65_HS1-834228961_62-HQ-83894_Section_7
Agency: FBI
Page 141
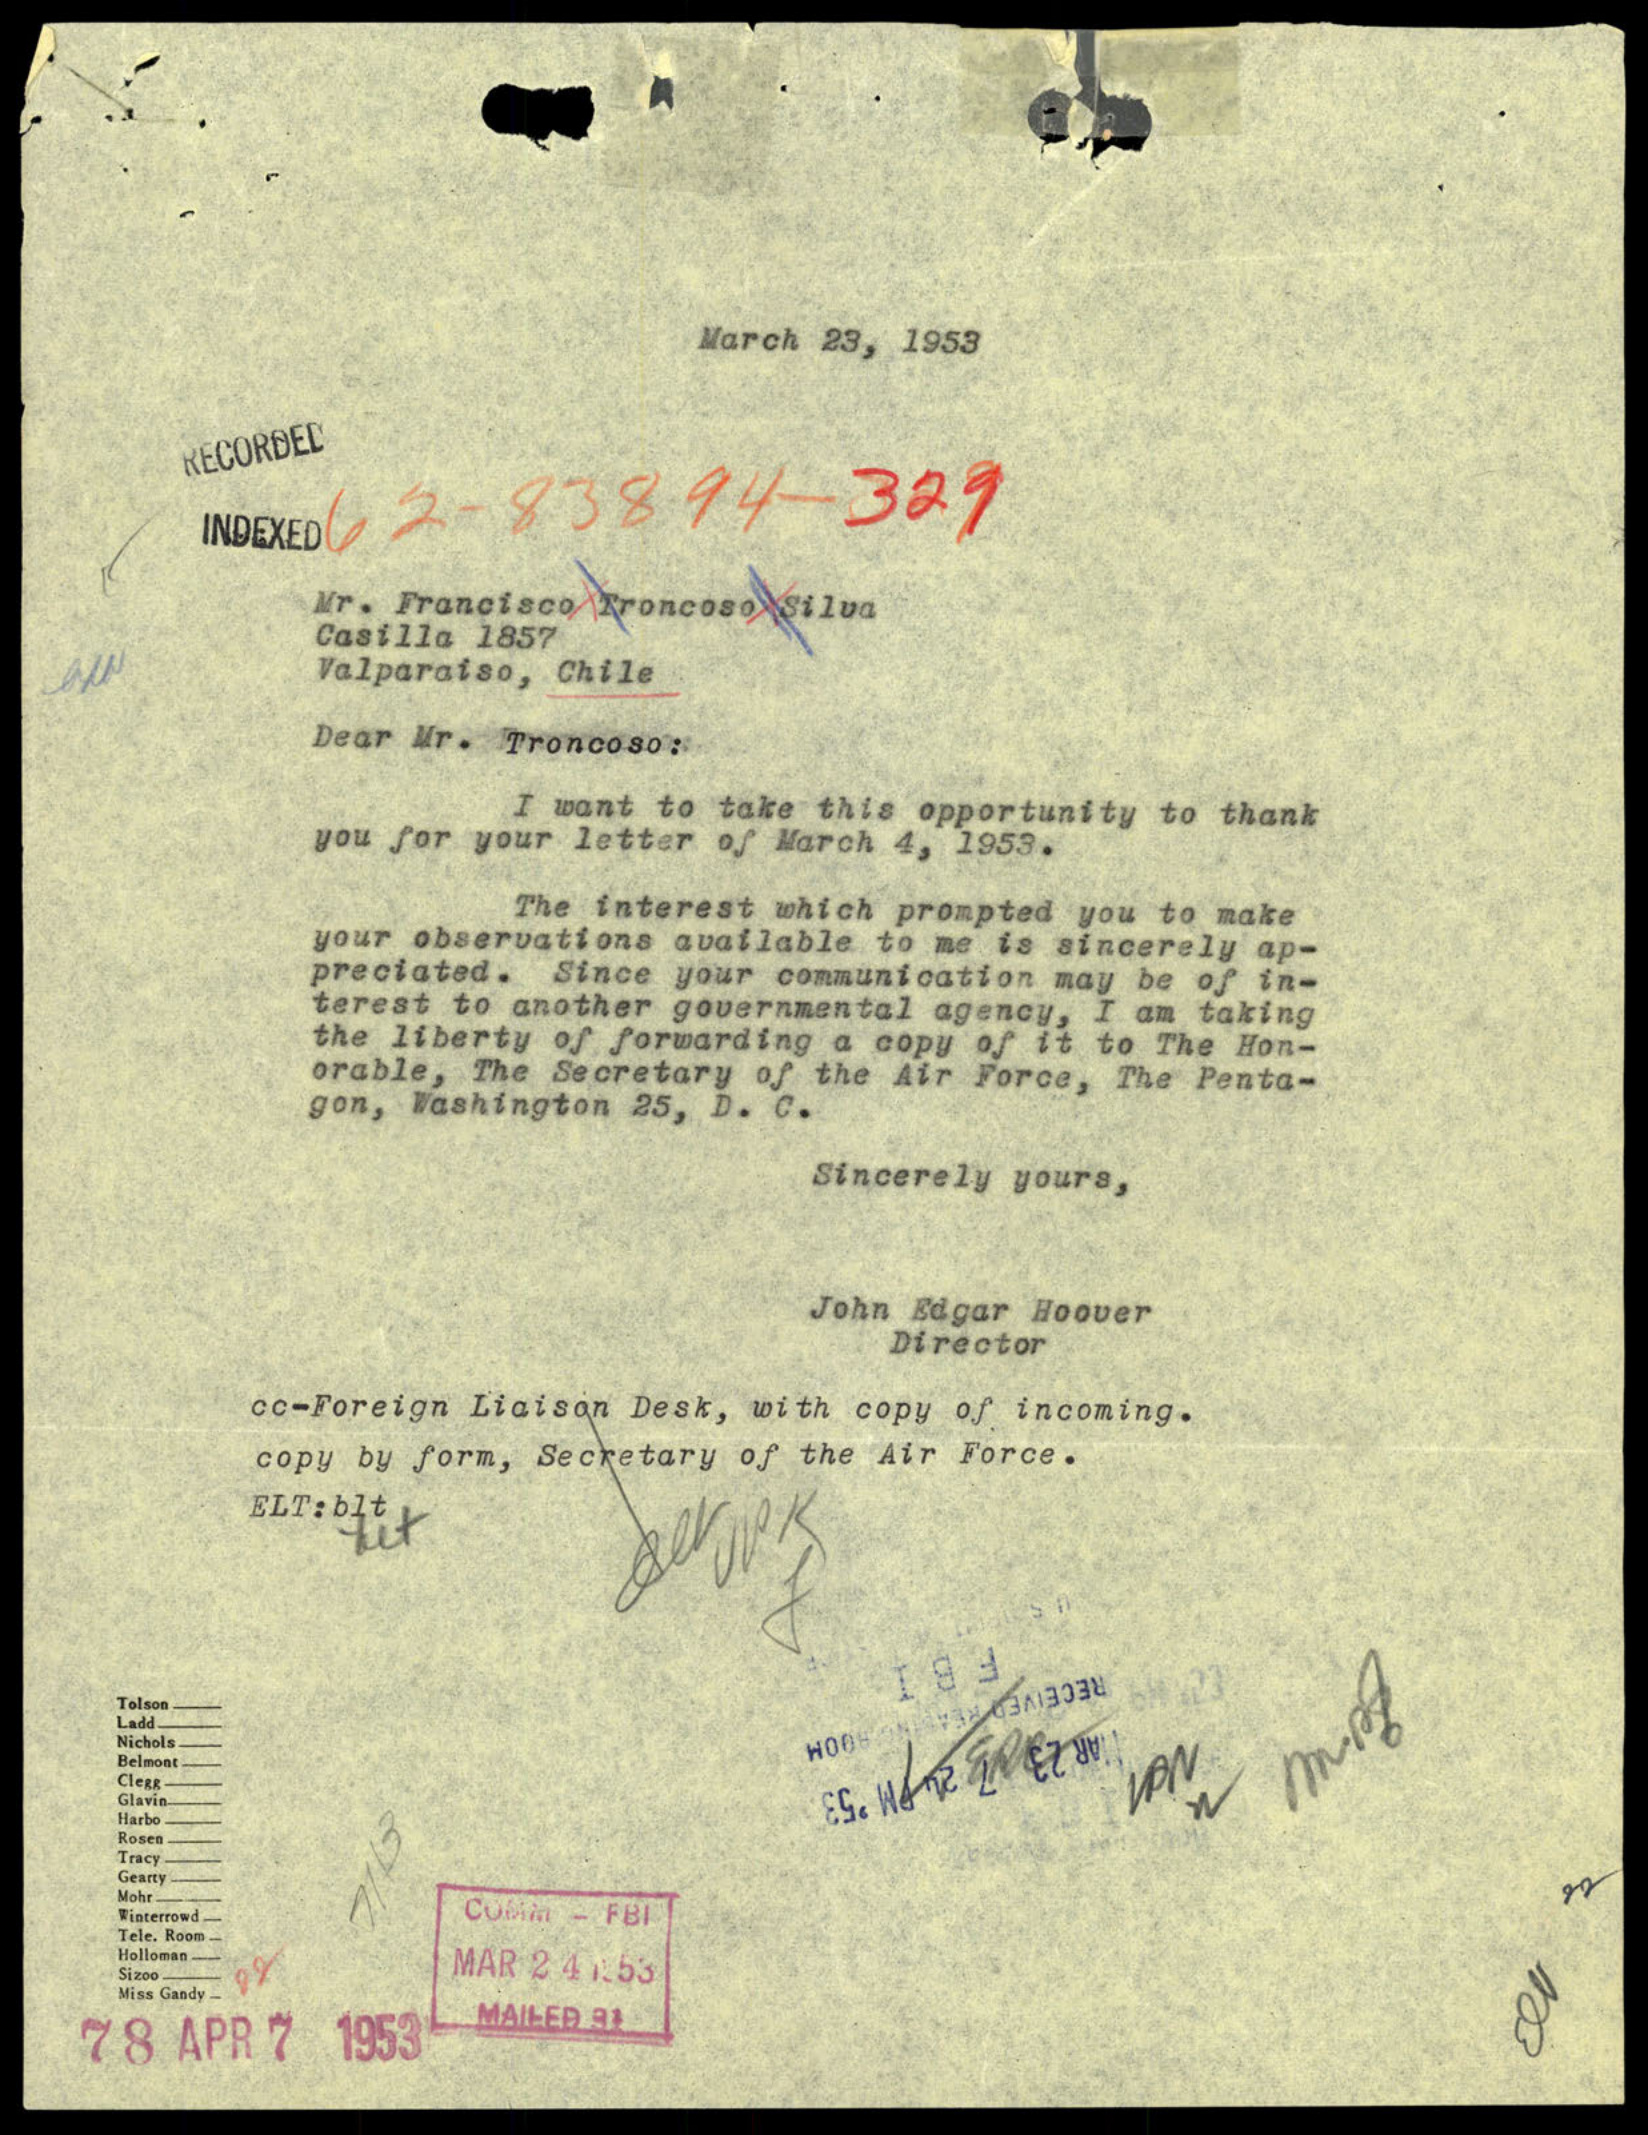